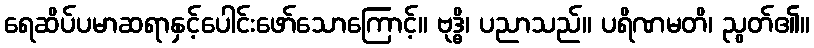
ရေဆိပ်ပမာဆရာနှင့်ပေါင်းဖော်သောကြောင့်။ ဗုဒ္ဓိ၊ ပညာသည်။ ပရိဏမတိ၊ ညွတ်၏။